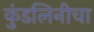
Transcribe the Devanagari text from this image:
कुंडलिनीचा